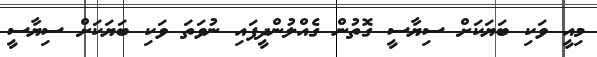
މިއީ ވަކި ބަޔަކަށް ސިޔާސީ ގޮތުން ގެއްލުންދީފައި ނުވަތަ ވަކި ބަޔަކަށް ސިޔާސީ